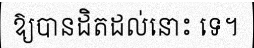
ឱ្យបានដិតដល់នោះ ទេ។